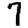
Digit: 7